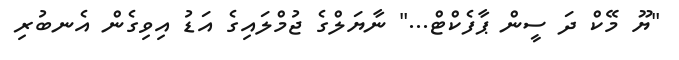
"ޔޫ މޭކް ދަ ސީން ޕާފެކްޓް..." ނާޔަލްގެ ޖުމްލައިގެ އަޑު އިވިގެން އެނބުރި